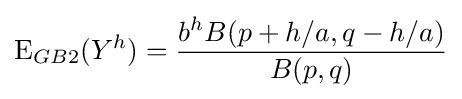
\operatorname {E} _{GB2}(Y^{h})={\frac {b^{h}B(p+h/a,q-h/a)}{B(p,q)}}